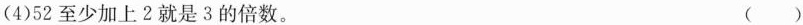
()(4)52至少加上2就是3的倍数。 ( )